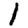
Digit: 1